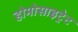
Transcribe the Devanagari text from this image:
होमोसाइट्रेट